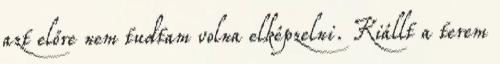
azt előre nem tudtam volna elképzelni. Kiállt a terem